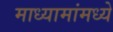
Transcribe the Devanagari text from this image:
माध्यामांमध्ये